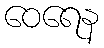
ဝေရေန